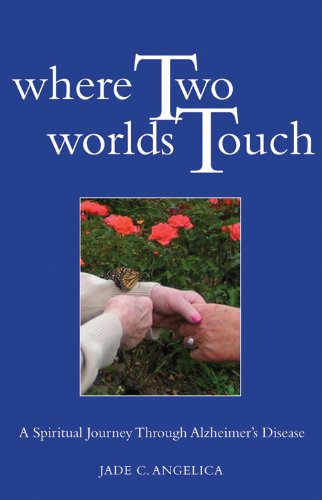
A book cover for Where Two Worlds Touch: A Spiritual Journey Through Alzheimer's Disease; Jade C. Angelica; Parenting & Relationships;